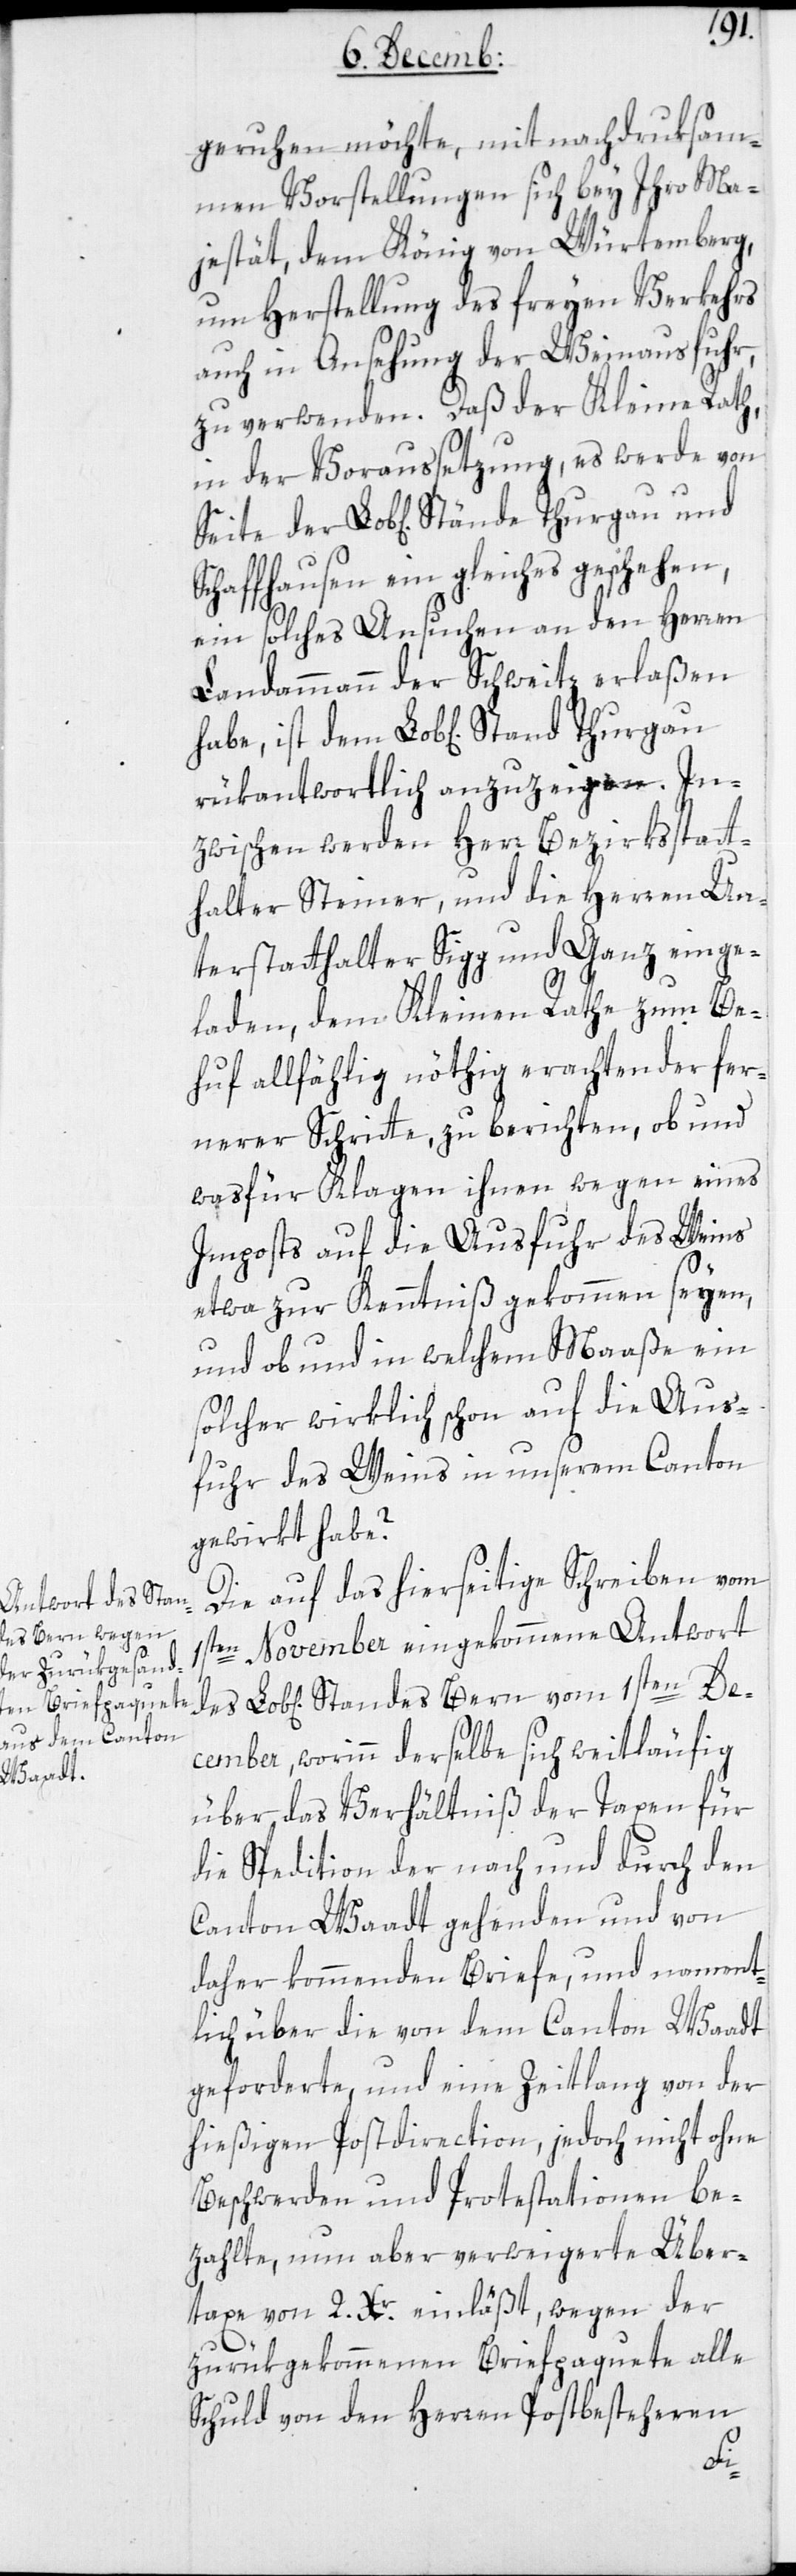
geruhen möchte, mit nachdruksam¬
en Vorstellungen sich bey Ihro Ma¬
jestät, dem König von Würtemberg,
um Herstellung des freyen Verkehrs
auch in Ansehung der Weinausfuhr,
zu verwenden. Daß der Kleine Rath,
in der Voraussetzung, es werde von
Schaffhausen ein Gleiches geschehen,
ein solches Ansuchen an den Herren
Landammann der Schweitz erlaßen
rükantwortlich anzuzeigen. In¬
zwischen werden Herr Bezirksstatt¬
halter Steiner, und die Herren Un¬
terstatthalter Sigg und Ganz einge¬
laden, dem Kleinen Rathe zum Be¬
huf allfällig nöthig erachtender fer¬
nerer Schritte zu berichten, ob und
was für Klagen ihnen wegen eines
Imposts auf die Ausfuhr des Weins
etwa zur Kenntniß gekommen seyen,
und ob und in welchem Maaße ein
solcher wirklich schon auf die Aus¬
fuhr des Weins in unserm Canton
gewirkt habe?
Die auf das hierseitige Schreiben vom
1sten November eingekommene Antwort
cember, worinn derselbe sich weitläufig
über das Verhältniß der Taxen für
die Spedition der nach und durch den
Canton Waadt gehenden und von
daher kommenden Briefe, und nament¬
lich über die von dem Canton Waadt
geforderte, und eine Zeitlang von der
hießigen Postdirection, jedoch nicht ohne
Beschwerden und Protestationen be¬
zahlte, nun aber verweigerte Über¬
taxe von 2. Xr. einläßt, wegen der
zurükgekommenen Briefpaquete alle
Schuld von den Herren Postbesteheren
De¬